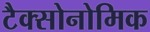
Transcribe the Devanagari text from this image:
टैक्सोनोमिक